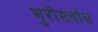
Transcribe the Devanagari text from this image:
भुरीसर्वास